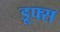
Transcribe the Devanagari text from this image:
डूफ्स